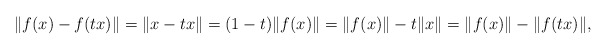
\begin{align*}\|f(x) - f(tx)\| = \|x -tx\| = (1-t)\|f(x)\| = \|f(x)\| - t\|x\| = \|f(x)\| - \|f(tx)\|,\end{align*}